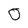
Character: O